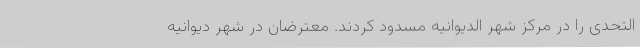
التحدی را در مرکز شهر الدیوانیه مسدود کردند. معترضان در شهر دیوانیه